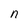
Character: n